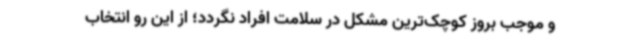
و موجب بروز کوچک‌ترین مشکل در سلامت افراد نگردد؛ از این رو انتخاب